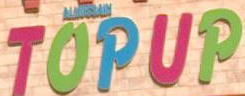
TopUp